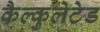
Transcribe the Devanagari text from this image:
कैल्कुलेटेड